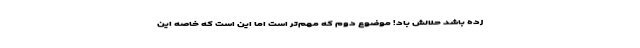
زده باشد حلالش باد! موضوع دوم که مهم‌تر است اما این است که خاصه این